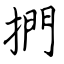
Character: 捫